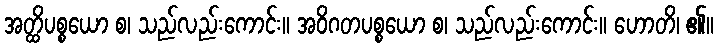
အတ္ထိပစ္စယော စ၊ သည်လည်းကောင်း။ အဝိဂတပစ္စယော စ၊ သည်လည်းကောင်း။ ဟောတိ၊ ၏။